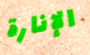
الإنارة